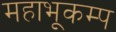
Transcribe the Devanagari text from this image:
महाभूकम्प